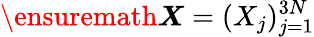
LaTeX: \ensuremath{\boldsymbol{X}}=(X_{j})_{j=1}^{3N}